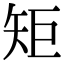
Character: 矩